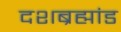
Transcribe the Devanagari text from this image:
दशब्रह्मांड